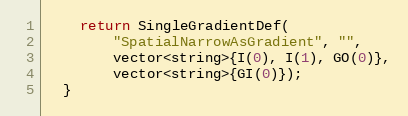
Language: C++
    return SingleGradientDef(
        "SpatialNarrowAsGradient", "",
        vector<string>{I(0), I(1), GO(0)},
        vector<string>{GI(0)});
  }